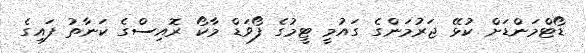
ޑޯޓްމަންޑަށް ކުޅޭ ޖަރުމަންގެ ގައުމީ ޓީމުގެ ފޯވަޑް މާކޯ ރޮއިސްގެ ކަނާތު ފައިގެ